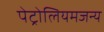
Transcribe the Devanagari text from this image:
पेट्रोलियमजन्य